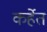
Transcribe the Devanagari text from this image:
कर्हेत